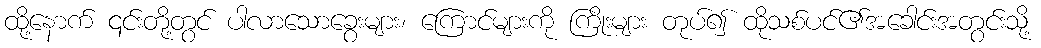
ထို့နောက် ၎င်းတို့တွင် ပါလာသောခွေးများ၊ ကြောင်များကို ကြိုးများ တုပ်၍ ထိုသစ်ပင်၏အခေါင်းအတွင်းသို့